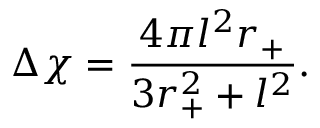
\Delta \chi = \frac { 4 \pi l ^ { 2 } r _ { + } } { 3 r _ { + } ^ { 2 } + l ^ { 2 } } .